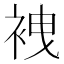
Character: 𧙟